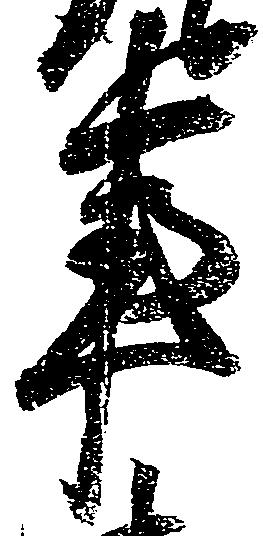
事